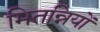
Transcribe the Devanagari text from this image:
मितन्नियों